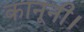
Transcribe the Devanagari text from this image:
कानूनी।